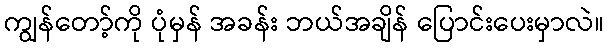
ကျွန်တော့်ကို ပုံမှန် အခန်း ဘယ်အချိန် ပြောင်းပေးမှာလဲ။